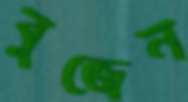
বুজেন